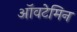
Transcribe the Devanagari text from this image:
ऑवटेमिन